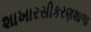
શાખારસીકરણશાળા